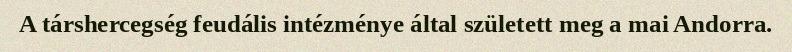
A társhercegség feudális intézménye által született meg a mai Andorra.